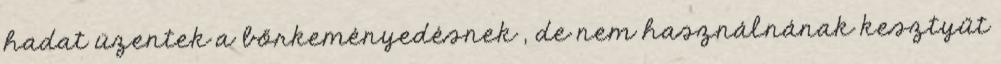
hadat üzentek a bőrkeményedésnek , de nem használnának kesztyűt